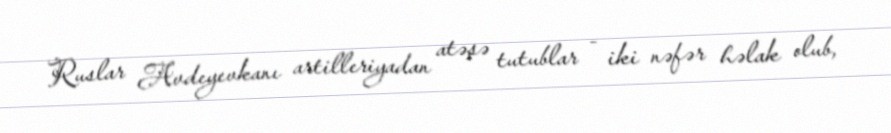
Ruslar Avdeyevkanı artilleriyadan atəşə tutublar - iki nəfər həlak olub,